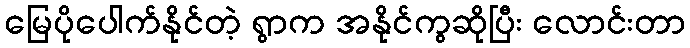
မြေပိုပေါက်နိုင်တဲ့ ရွာက အနိုင်ကွဆိုပြီး လောင်းတာ